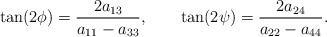
LaTeX: \begin{align*}\tan(2\phi)=\frac{2a_{13}}{a_{11}-a_{33}}, \qquad\tan(2\psi)=\frac{2a_{24}}{a_{22}-a_{44}}.\end{align*}